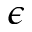
\boldsymbol { \epsilon }